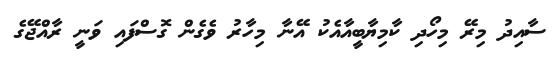
ސާއިދު މިރޭ މިހޯދި ކާމިޔާބީއާއެކު އޭނާ މިހާރު ވެގެން ގޮސްފައި ވަނީ ރާއްޖޭގެ